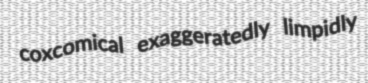
coxcomical exaggeratedly limpidly